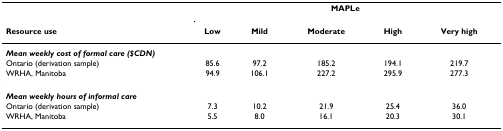
<table><thead><tr><td></td><td colspan="5"><b>MAPLe</b></td></tr><tr><td><b>Resource use</b></td><td><b>Low</b></td><td><b>Mild</b></td><td><b>Moderate</b></td><td><b>High</b></td><td><b>Very high</b></td></tr></thead><tbody><tr><td colspan="6"><b><i>Mean weekly cost of formal care ($CDN)</i></b></td></tr><tr><td>Ontario (derivation sample)</td><td>85.6</td><td>97.2</td><td>185.2</td><td>194.1</td><td>219.7</td></tr><tr><td>WRHA, Manitoba</td><td>94.9</td><td>106.1</td><td>227.2</td><td>295.9</td><td>277.3</td></tr><tr><td colspan="6"><b><i>Mean weekly hours of informal care</i></b></td></tr><tr><td>Ontario (derivation sample)</td><td>7.3</td><td>10.2</td><td>21.9</td><td>25.4</td><td>36.0</td></tr><tr><td>WRHA, Manitoba</td><td>5.5</td><td>8.0</td><td>16.1</td><td>20.3</td><td>30.1</td></tr></tbody></table>